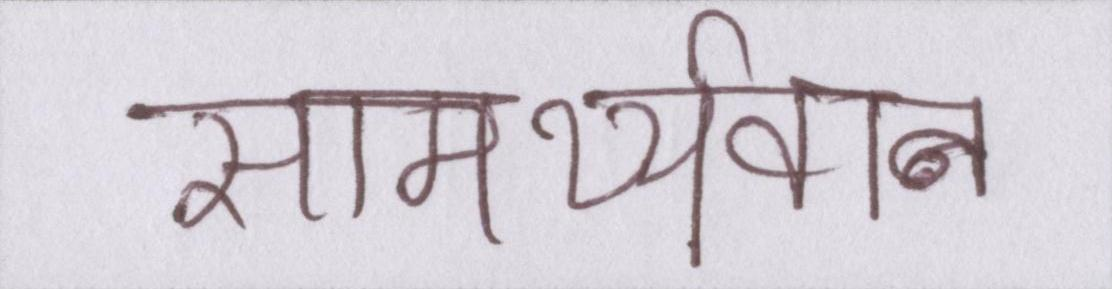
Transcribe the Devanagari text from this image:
सामर्थ्यवान